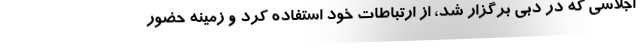
اجلاسی که در دبی برگزار شد، از ارتباطات خود استفاده کرد و زمینه حضور